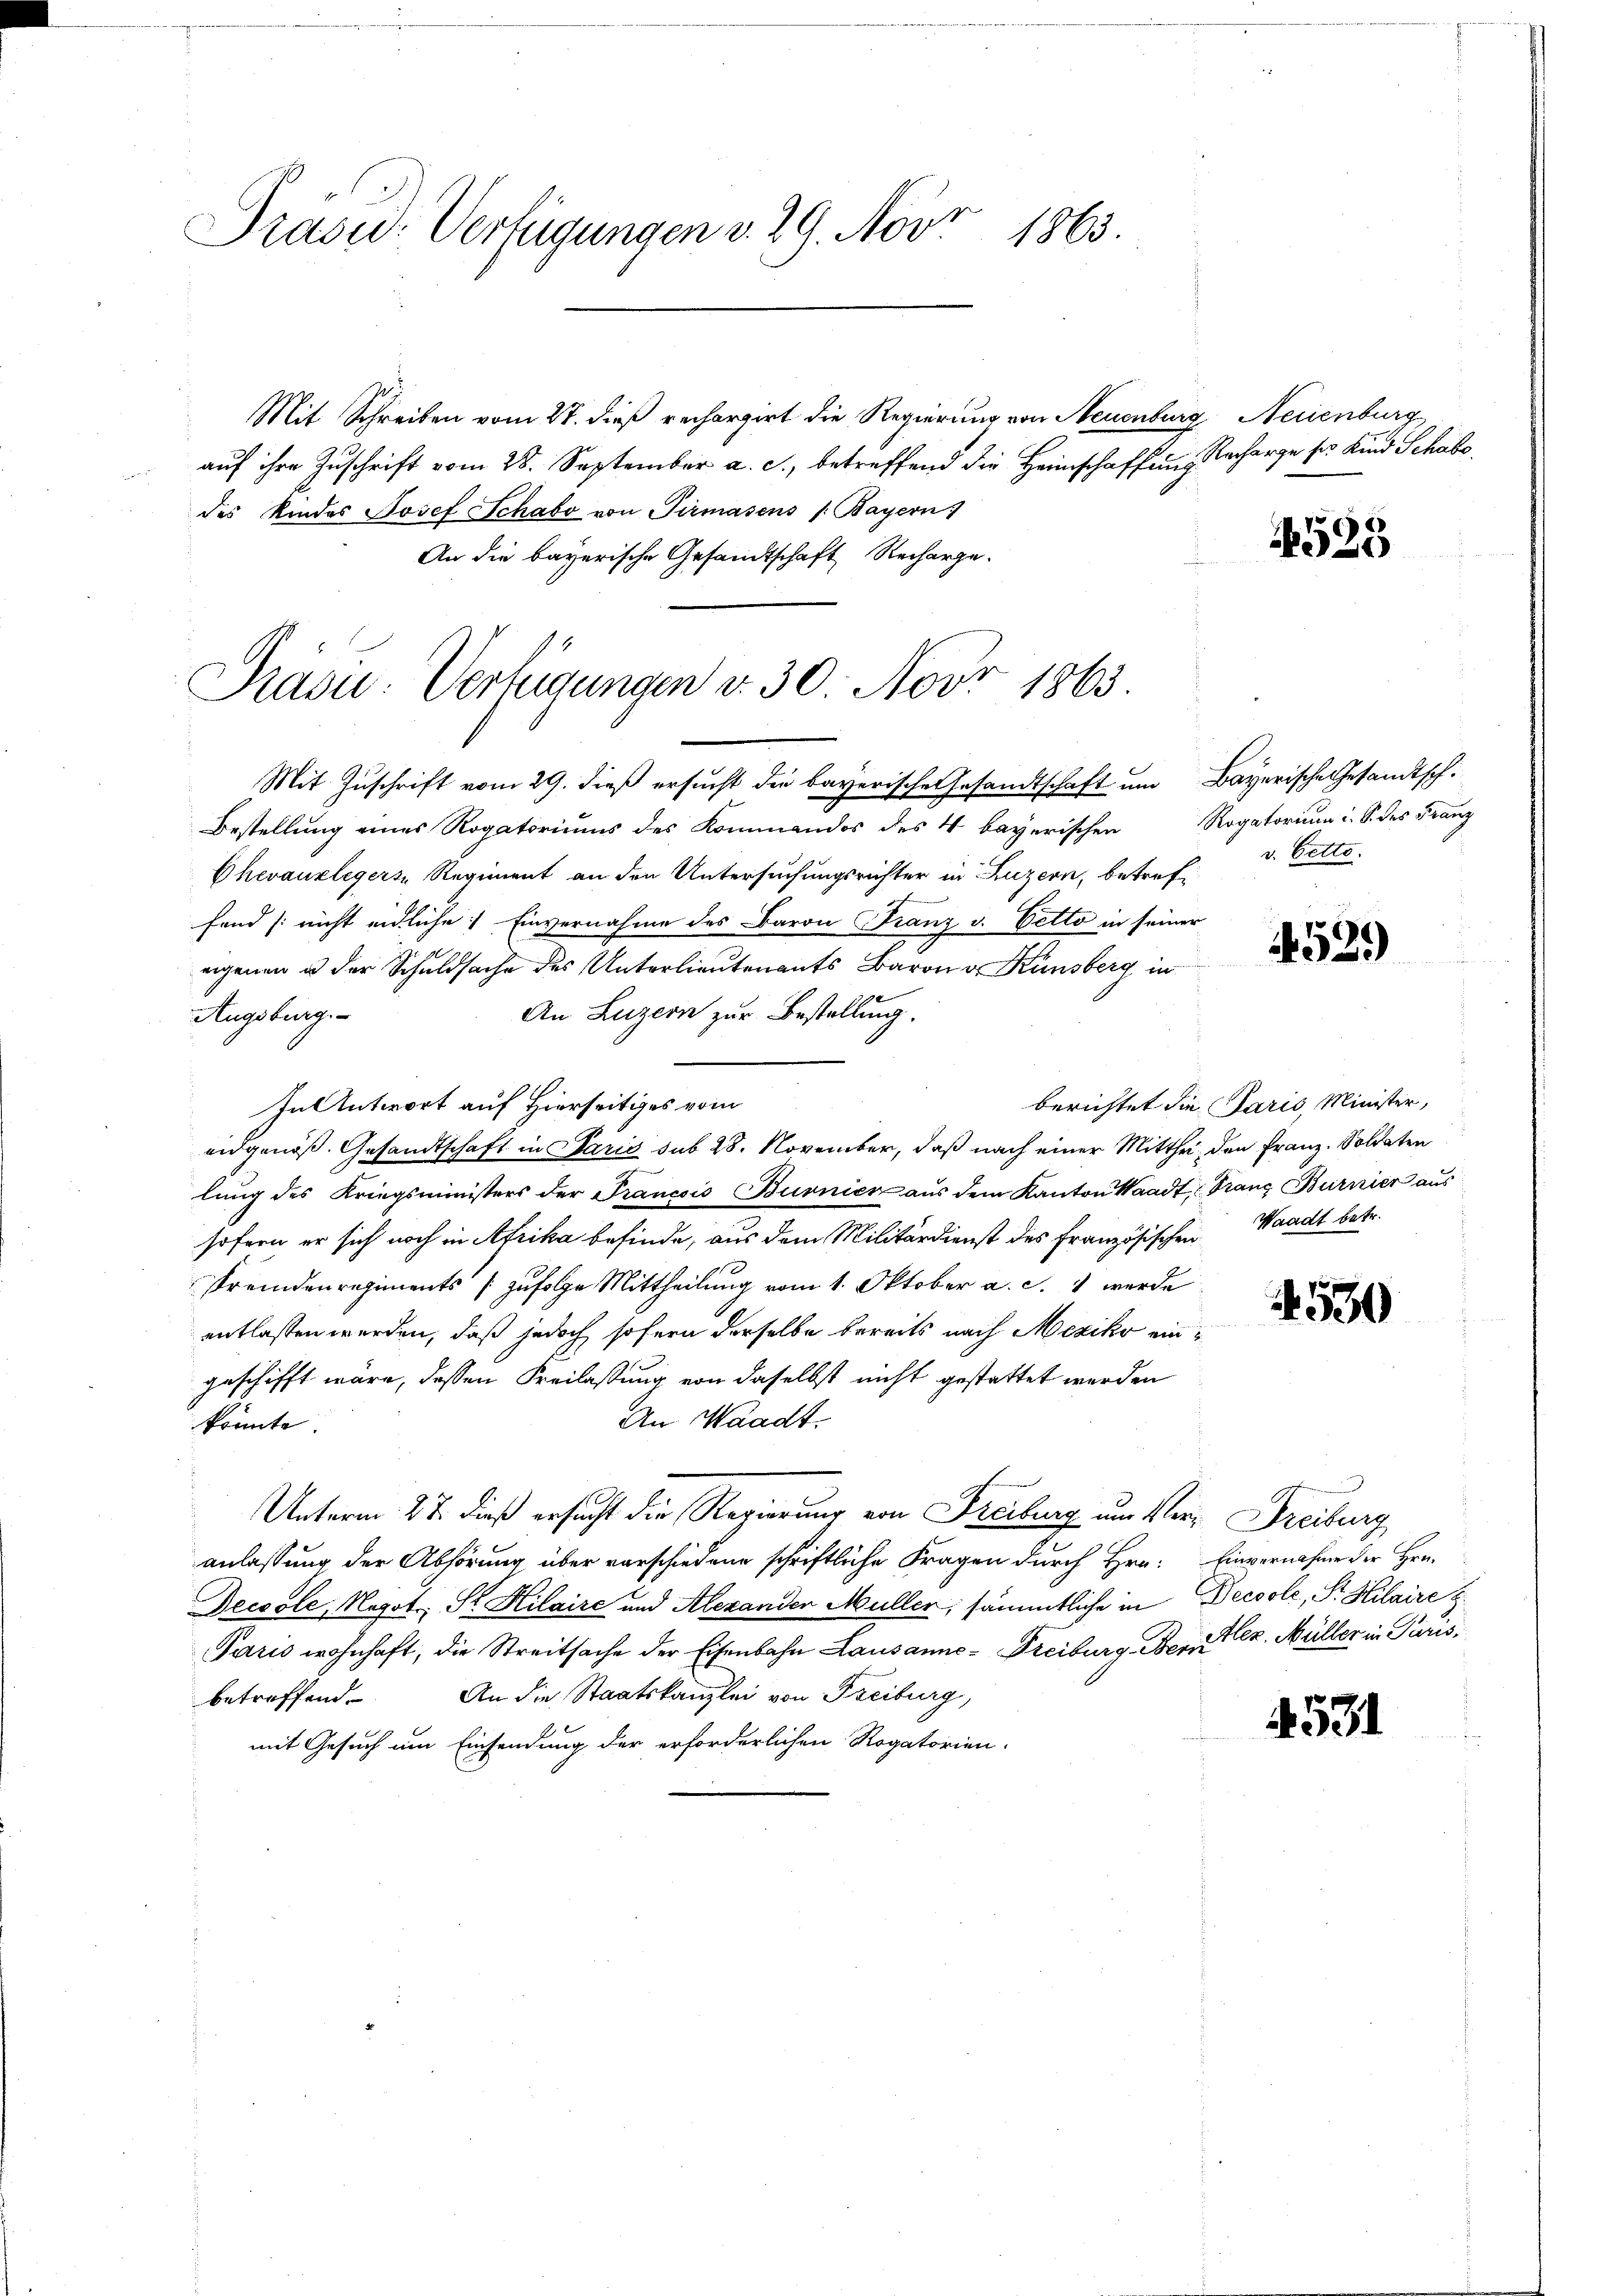
Prasur: Verfügungen v. 29. Nov. 1863.

Präsid.: Verfügungen v. 30. Nobr 1863

Mit Schreiben vom 24. dieß rechargirt die Regierung von Neuenburg, Neuenburg
auf ihre Zuschrift vom 28. September a. c., betreffend die Heimschaffung Recharge ses Kind Schabs
des Kindes Josef Schabe von Pirmasens (Bayern)
An die bayerische Gesandtschaft Recharge.
Mit Zuschrift vom 29. dieß ersucht die bayerische Gesandtschaft um Bayerische Gesandtsch.
Bestellung eines Rogatoriums des Kommandos des 4 bayerischen Rogatorium i. S. des Franz
Chevauxlegers Regiment an den Untersuchungsrichter in Luzern, betreffand (nicht endliche Einvernahme des Baron Franz v. Cetto in seiner
eigenen u der Schuldsache des Unterlieutenants Baron v. Künsberg in
Augsburg.
An Luzern zur Bestellung.
In Antwort auf Hierseitiges vom
eidgenöß. Gesandtschaft in Paris sub 28. November, daß nach einer Mitthei den Franz. Soldaten
lung des Kriegsministers der Francois Burnier aŭs dem Kanton Waadt, Franz Burnier aus
sofern er sich noch in Afrika befinde, aus dem Militärdienst des Französischen Waadt betr.
Fremdenregiments (zufolge Mittheilung vom 1. Oktober a. c. 1 werde
entlassen werden, daß jedoch sofern derselbe bereits nach Mexiko eingeschifft wäre, dessen Kreilassung von daselbst nicht gestattet werden
An Waadt.
könnte.
Unterm 27. dieß ersucht die Regierung von Freiburg um Ver- Dreiburg
anlassung der Abhörung über vorschiedene schriftliche Fragen durch Hrn. Einvernahme der Hrn.
Decoole, Negot. Sr. Hilaire und Alexander Müller, sämmtliche in Decoole, Sr. Hilaire
Paris wohnhaft, die Streitsache der Eisenbahn Lausanne - Freiburg Berez. Müller in Purisbetreffend. An die Staatskanzlei von Freiburg,
mit Gesuch um Einsendung der erforderlichen Rogatorien-

535

v. Cetto.

1529)

berichtet die Paris, Minister,

1530

4531